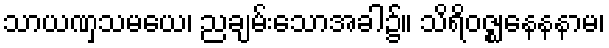
သာယဏှသမယေ၊ ညချမ်းသောအခါ၌။ သိရိဝဇ္ဈနေနနာမ၊